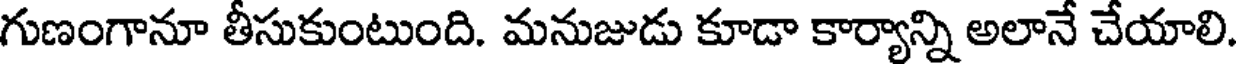
గుణంగానూ తీసుకుంటుంది. మనుజుడు కూడా కార్యాన్ని అలానే చేయాలి.